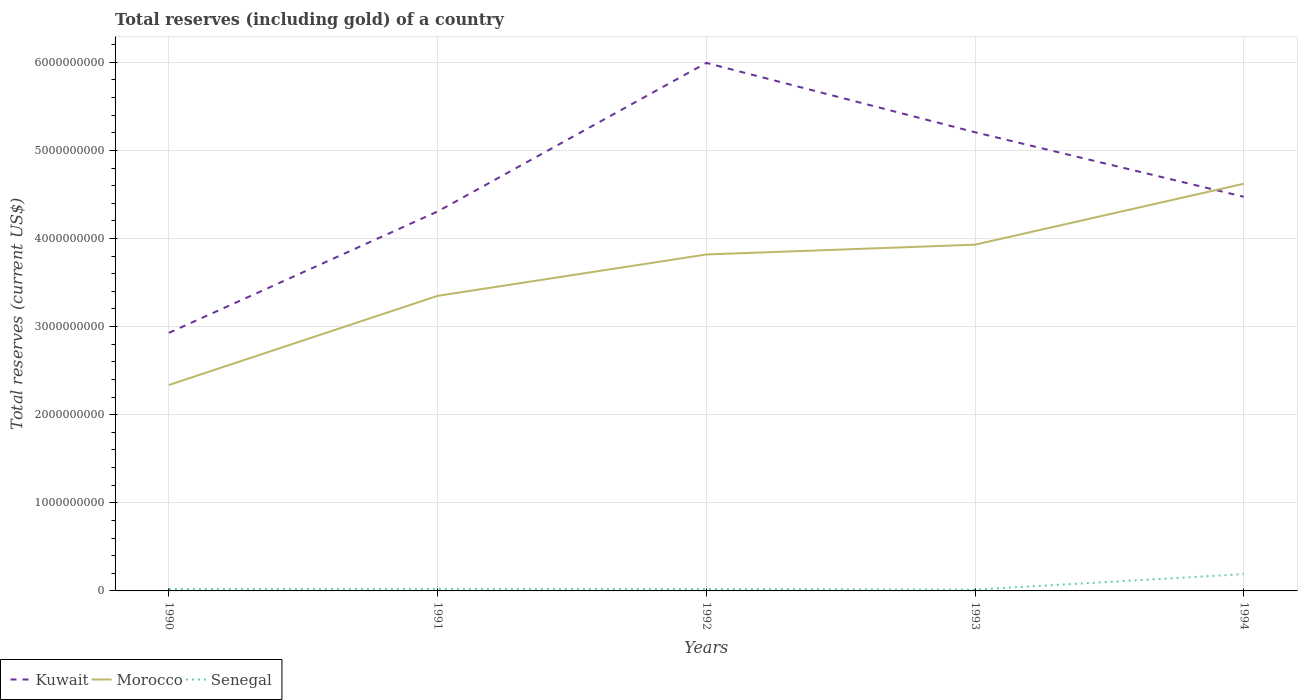
| Years | Kuwait | Morocco | Senegal |
 | --- | --- | --- | --- |
 | 1990 | 2.93e+09 | 2.34e+09 | 2.21e+07 |
 | 1991 | 4.31e+09 | 3.35e+09 | 2.35e+07 |
 | 1992 | 5.99e+09 | 3.82e+09 | 2.2e+07 |
 | 1993 | 5.21e+09 | 3.93e+09 | 1.47e+07 |
 | 1994 | 4.47e+09 | 4.62e+09 | 1.91e+08 |